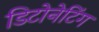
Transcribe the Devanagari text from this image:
डिटोनेटिंग